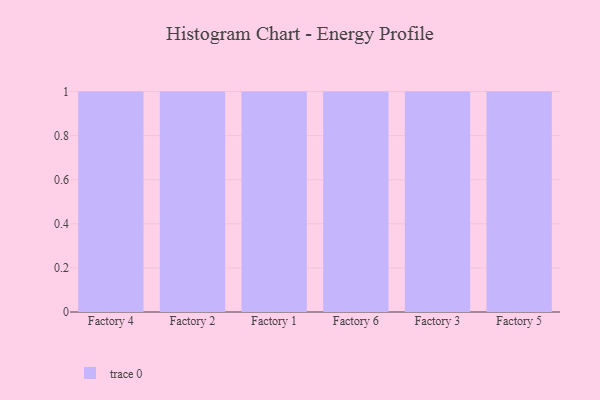
{"axis": {"x": "Factory", "y": "Production Output"}, "legend": [""], "data": [{"x": "Factory 4", "y": 66, "type": ""}, {"x": "Factory 2", "y": 80, "type": ""}, {"x": "Factory 1", "y": 35, "type": ""}, {"x": "Factory 6", "y": 8, "type": ""}, {"x": "Factory 3", "y": 82, "type": ""}, {"x": "Factory 5", "y": 35, "type": ""}]}